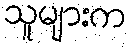
သူများက